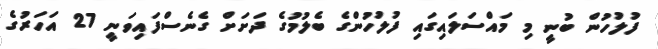
ފުލުހުން ބުނީ މި މައްސަލައިގައި ފުލުހުންގެ ބެލުމުގެ ދަށަށް ގެނެސްފައިވަނީ 27 އަހަރުގެ